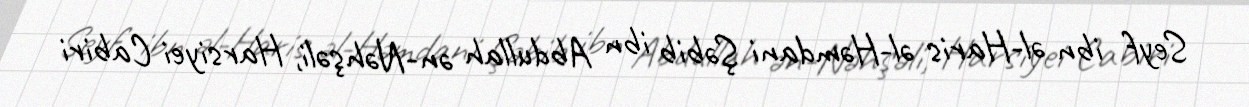
Seyf ibn əl-Haris əl-Həmdani Şəbib ibn Abdullah ən-Nəhşəli, Harsiyei Cabiri